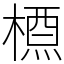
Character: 槱